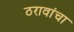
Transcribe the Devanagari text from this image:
ठरावांचा